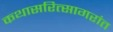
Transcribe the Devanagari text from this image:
कथासरित्सागरांत